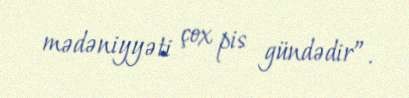
mədəniyyəti çox pis gündədir”.